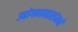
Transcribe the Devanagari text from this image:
उद्योगव्यवहारांमध्ये